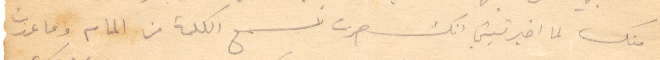
منك لم اخبرتيني انك صرت تسمع الكلمة من المام وما عدت